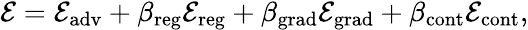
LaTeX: \begin{array}{r}{{\cal E}={\cal E}_{\mathrm{adv}}+\beta_{\mathrm{reg}}{\cal E}_{\mathrm{reg}}+\beta_{\mathrm{grad}}{\cal E}_{\mathrm{grad}}+\beta_{\mathrm{cont}}{\cal E}_{\mathrm{cont}},}\end{array}